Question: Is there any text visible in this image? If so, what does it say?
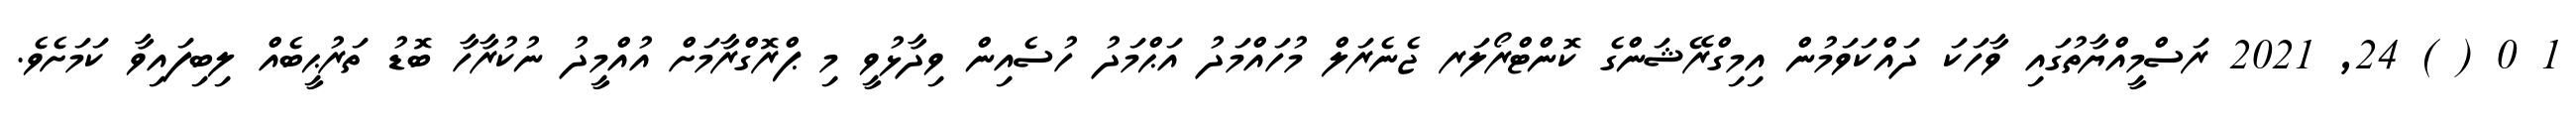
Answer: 1 0 ( ) 24, 2021 ރަސްމީއްޔާތުގައި ވާހަކަ ދައްކަވަމުން އިމިގްރޭޝަންގެ ކޮންޓްރޯލަރ ޖެނެރަލް މުހައްމަދު އަޙްމަދު ހުސެއިން ވިދާޅުވީ މި ޕްރޮގްރާމަށް އުއްމީދު ނުކުރާހާ ބޮޑު ތަރުޙީބެއް ލިބިފައިވާ ކަމަށެވެ.